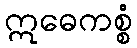
ဣဓေကစ္စံ